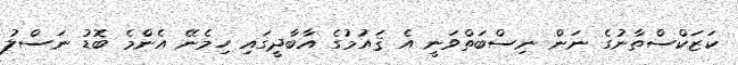
ކަޒަކްސްތާނުގެ ނަން ނިސްބަތްވަނީ އެ ޤައުމުގެ އާބާދީގައި ހިމެނޭ އެންމެ ބޮޑު ނަސްލު